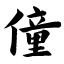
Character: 僮